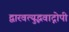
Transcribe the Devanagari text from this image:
द्वारवत्युद्भवाद्गोपी